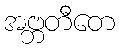
အဗ္ဘတီတေ